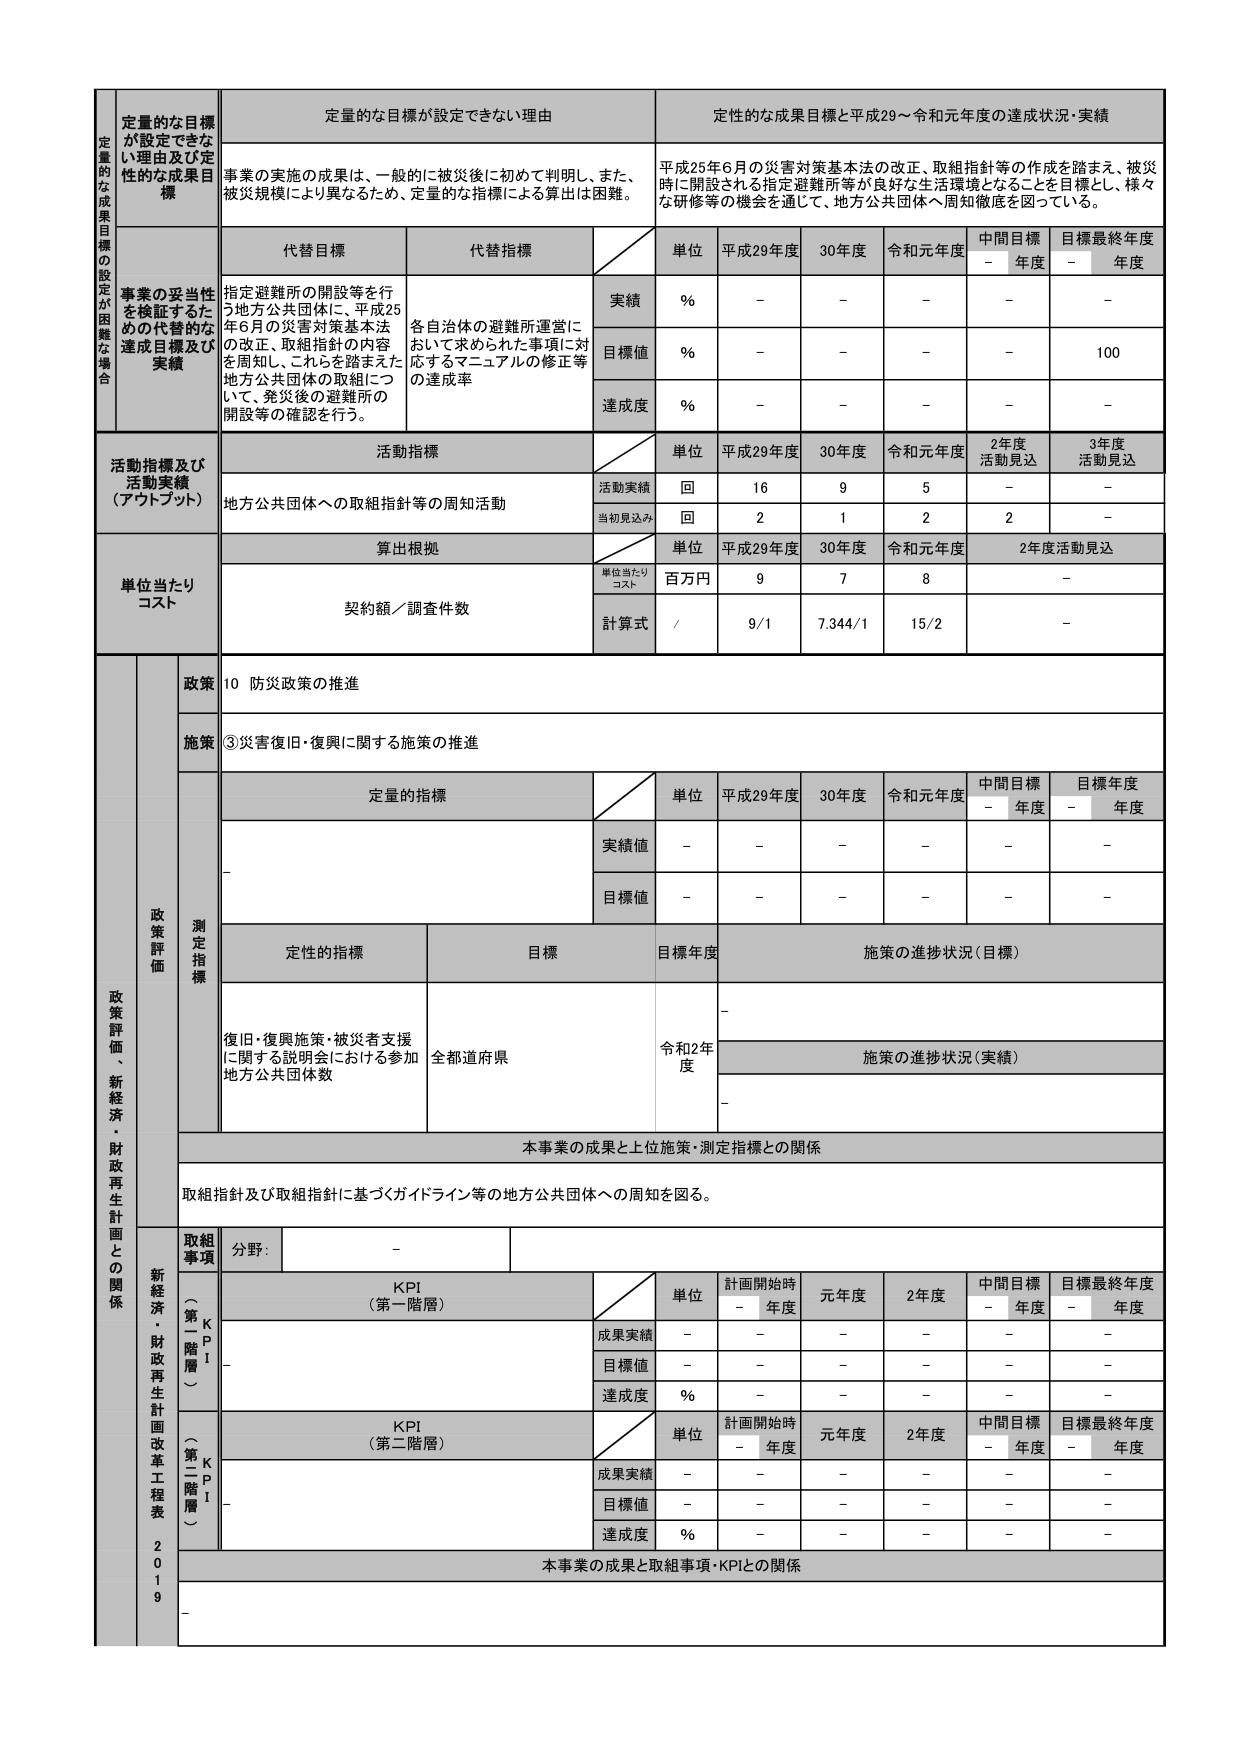
定量的な目標が設定できない理由
定量的な成果目標と平成29～令和元年度の達成状況・実績
定量的な成果目標の設定が困難な場合
事業の実施の成果は、一般的に被災後に初めて判明し、また、被災規模により異なるため、定量的な指標による算出は困難。
平成25年6月の災害対策基本法の改正、取組指針等の作成を踏まえ、被災時に開設される指定避難所等が良好な生活環境となることを目標とし、様々な研修等の機会を通じて、地方公共団体へ周知徹底を図っている。
代替目標
代替指標
単位
平成29年度
30年度
令和元年度
中間目標 - 年度
目標最終年度 - 年度
事業の妥当性を検証するための代替的な達成目標及び実績
指定避難所の開設等を行う地方公共団体に、平成25年6月の災害対策基本法の改正、取組指針の内容を周知し、これらを踏まえた地方公共団体の取組について、発災後の避難所の開設等の確認を行う。
各自治体の避難所運営において求められた事項に対応するマニュアルの修正等の達成率
実績
%
-
-
-
-
-
目標値
%
-
-
-
-
100
達成度
%
-
-
-
-
-
活動指標及び活動実績（アウトプット）
活動指標
単位
平成29年度
30年度
令和元年度
2年度活動見込
3年度活動見込
地方公共団体への取組指針等の周知活動
活動実績
回
16
9
5
-
-
当初見込み
回
2
1
2
2
-
算出根拠
単位
平成29年度
30年度
令和元年度
2年度活動見込
単位当たりコスト
単位当たりコスト
百万円
9
7
8
-
契約額／調査件数
計算式
/
9/1
7.344/1
15/2
-
政策評価・新経済・財政再生計画との関係
政策
10 防災政策の推進
施策
③災害復旧・復興に関する施策の推進
測定指標
定量的指標
単位
平成29年度
30年度
令和元年度
中間目標 - 年度
目標年度 - 年度
実績値
-
-
-
-
-
-
目標値
-
-
-
-
-
-
定性的指標
目標
目標年度
施策の進捗状況（目標）
復旧・復興施策・被災者支援に関する説明会における参加地方公共団体数
全都道府県
令和2年度
施策の進捗状況（実績）
-
本事業の成果と上位施策・測定指標との関係
取組指針及び取組指針に基づくガイドライン等の地方公共団体への周知を図る。
取組事項
分野：
-
新経済・財政再生計画改革工程表2019
KPI（第一階層）
単位
計画開始時 - 年度
元年度
2年度
中間目標 - 年度
目標最終年度 - 年度
成果実績
-
-
-
-
-
目標値
-
-
-
-
-
達成度
%
-
-
-
-
-
KPI（第二階層）
単位
計画開始時 - 年度
元年度
2年度
中間目標 - 年度
目標最終年度 - 年度
成果実績
-
-
-
-
-
目標値
-
-
-
-
-
達成度
%
-
-
-
-
-
本事業の成果と取組事項・KPIとの関係
-